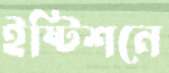
ইষ্টিশনে